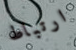
ارتباط